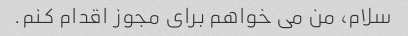
سلام، من می خواهم برای مجوز اقدام کنم.